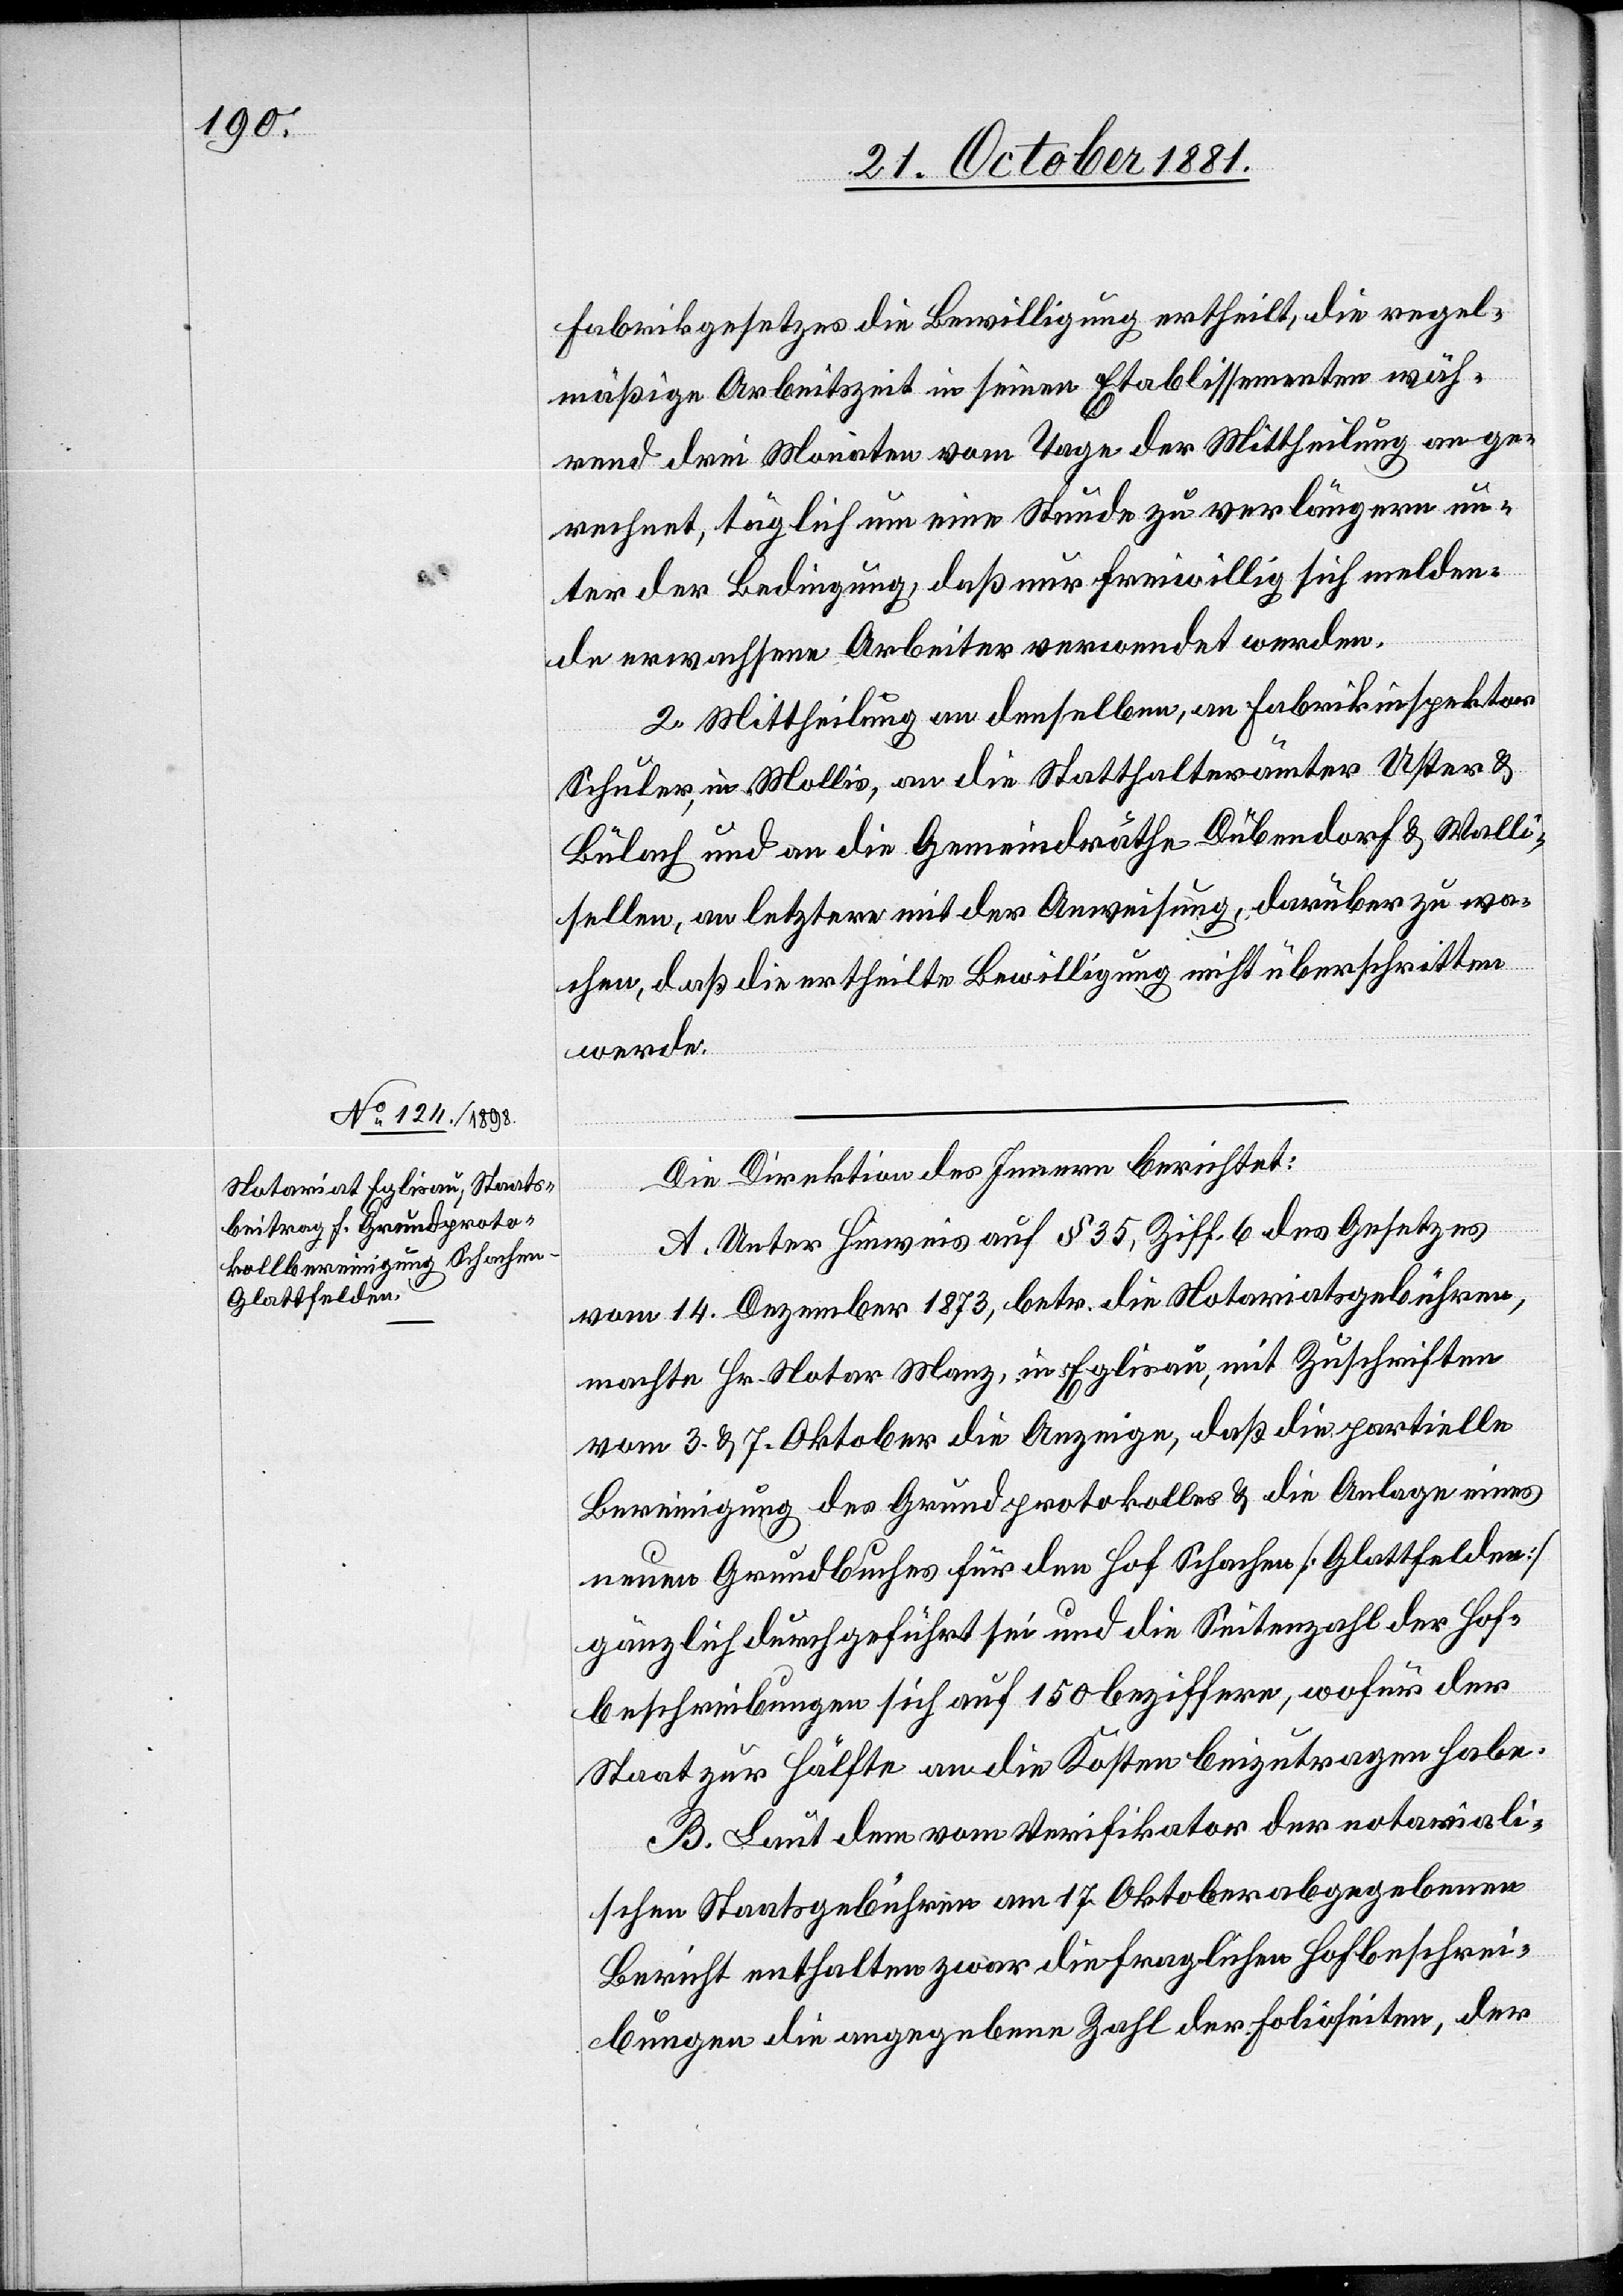
Fabrikgesetzes die Bewilligung ertheilt, die regel¬
mäßige Arbeitszeit in seinem Etablissement wäh¬
rend drei Monaten vom Tage der Mittheilung an ge¬
rechnet, täglich um eine Stunde zu verlängern un¬
ter der Bedingung, daß nur freiwillig sich melden¬
de erwachsene Arbeiter verwendet werden.
2. Mittheilung an denselben, an Fabrikinspektor
Schuler, in Mollis, an die Statthalterämter Uster &
Bülach und an die Gemeindräthe Dübendorf & Walli¬
sellen, an letztere mit der Anweisung, darüber zu wa¬
chen, daß die ertheilte Bewilligung nicht überschritten
werde.
Die Direktion des Innern berichtet:
A. Unterm Hinweis auf § 35, Ziff. 6 des Gesetzes
vom 14. Dezember 1873, betr. die Notariatsgebühren,
machte Hr. Notar Manz, in Eglisau, mit Zuschriften
vom 3. & 7. Oktober die Anzeige, daß die partielle
Bereinigung des Grundprotokolles & die Anlage eines
neuen Grundbuches für den Hof Schachen [Glattfelden]
gänzlich durchgeführt sei und die Seitenzahl der Hof¬
beschreibungen sich auf 150 beziffern, wofür der
Staat zur Hälfte an die Kosten beizutragen habe.
B. Laut dem vom Verifikator der notariali¬
schen Staatsgebühren am 17. Oktober abgegebenen
Bericht enthalten zwar die fraglichen Hofbeschrei¬
bungen die angegebene Zahl der Folioseiten, der